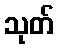
သုတ်